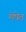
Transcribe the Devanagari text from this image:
मेषेत